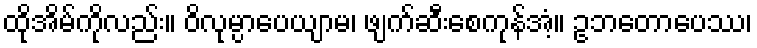
ထိုအိမ်ကိုလည်း။ ဝိလုမ္ပာပေယျာမ၊ ဖျက်ဆီးစေကုန်အံ့။ ဥဘတောပေဿ၊